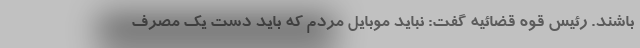
باشند. رئیس قوه قضائیه گفت: نباید موبایل مردم که باید دست یک مصرف